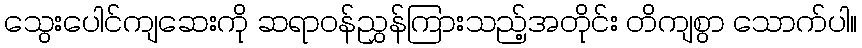
သွေးပေါင်ကျဆေးကို ဆရာဝန်ညွှန်ကြားသည့်အတိုင်း တိကျစွာ သောက်ပါ။